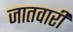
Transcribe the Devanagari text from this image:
जातवारी